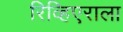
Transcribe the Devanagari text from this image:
रिव्हिएराला